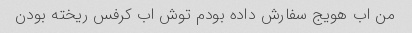
من اب هویج سفارش داده بودم توش اب کرفس ریخته بودن